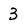
Character: 3